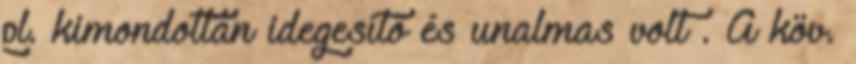
pl. kimondottan idegesítő és unalmas volt . A köv.